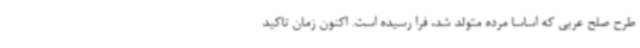
طرح صلح عربی که اساسا مرده متولد شد، فرا رسیده است. اکنون زمان تاکید